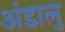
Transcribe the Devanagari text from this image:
अंडालु